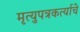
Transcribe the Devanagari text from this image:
मृत्युपत्रकर्त्याचे